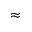
\approx